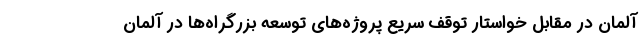
آلمان در مقابل خواستار توقف سریع پروژه‌های توسعه بزرگراه‌ها در آلمان